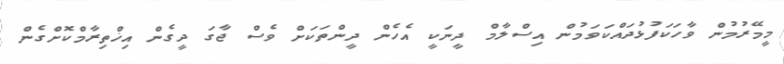
މީމޭރުމުން ވާހަކަފުޅުދައްކަވަމުން އިސްލާމް ދީނަކީ އެހެން ދީންތަކަށް ވެސް ޖާގަ ދީގެން އިޚްތިރާމްކޮށްގެން